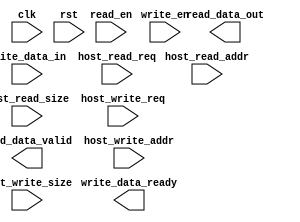
module tvm_vpi_mem_interface
  #(
    parameter READ_WIDTH = 8,
    parameter WRITE_WIDTH = 8,
    parameter ADDR_WIDTH = 32,
    parameter SIZE_WIDTH = 32
    )
   (
    input                   clk,
    input                   rst,
    input                   read_en, 
    output [READ_WIDTH-1:0] read_data_out, 
    output                  read_data_valid, 
    input                   write_en, 
    input [WRITE_WIDTH-1:0] write_data_in, 
    output                  write_data_ready, 
    input                   host_read_req,   
    input [ADDR_WIDTH-1:0]  host_read_addr,  
    input [SIZE_WIDTH-1:0]  host_read_size,  
    input                   host_write_req,  
    input [ADDR_WIDTH-1:0]  host_write_addr, 
    input [SIZE_WIDTH-1:0]  host_write_size  
    );
   reg [READ_WIDTH-1:0]    reg_read_data;
   reg                     reg_read_valid;
   reg                     reg_write_ready;
   assign read_data_out = reg_read_data;
   assign read_data_valid = reg_read_valid;
   assign write_data_ready = reg_write_ready;
endmodule